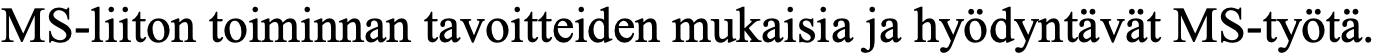
MS-liiton toiminnan tavoitteiden mukaisia ja hyödyntävät MS-työtä.